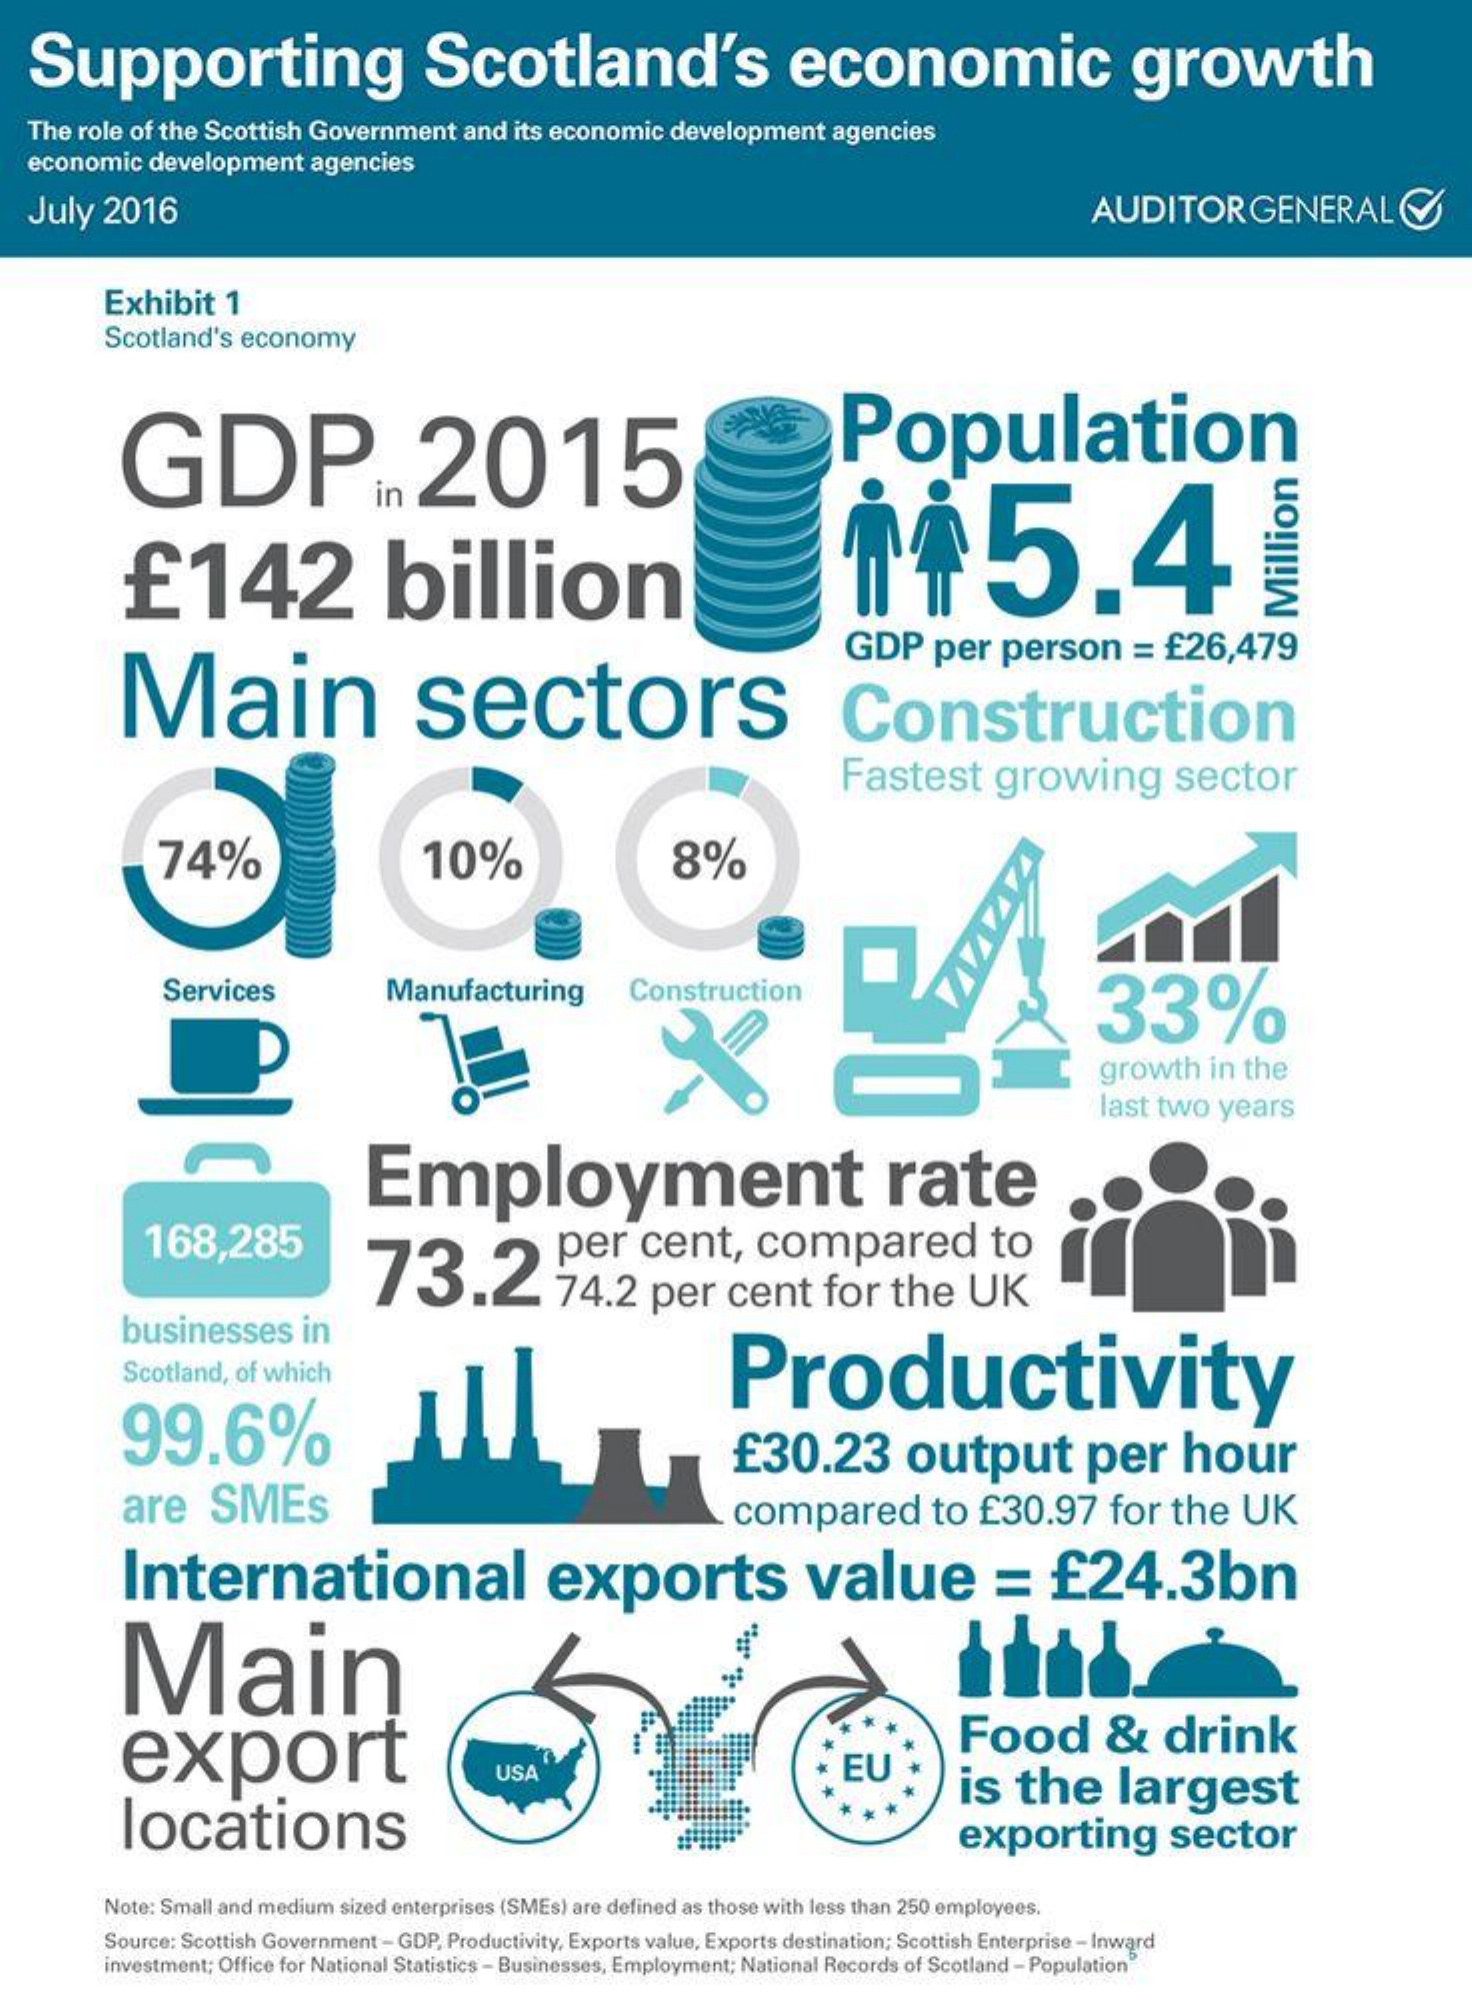
Supporting    Scotland's    economic    growth
   The role of the Scottish  Government    and  its economic   development    agencies
   economic   development    agencies
   July   2016    AUDITOR    GENERAL    C
     Exhibit    1
     Scotland's   economy
     GDP    ..   2015    Population
     £142    billion    ii5.4
     GDP    per    person    = £26,479
     Main    sectors    Construction
     Million
     Fastest    growing    sector
     74%    10%    8%
     AVAYA
     Services    Manufacturing    Construction
     33%
     growth    in the
     last  two   years
     Employment    rate
     168,285    73.2    74.2    per    cent    for   the    UK
     per    cent,    compared    to
     businesses    in
     Scotland, of which
     99.6%
     Productivity
     £30.23    output    per    hour
     are    SMEs    compared    to   £30.97    for   the    UK
     International    exports    value    =    £24.3bn
     Main
     export    Food    &    drink
     USA
     locations
     is  the    largest
     exporting    sector
     Note: Small and medium sized enterprises (SMEs) are defined as those with less than 250 employees.
     Source: Scottish Government - GDP, Productivity, Exports value, Exports destination; Scottish Enterprise - Inward
     investment; Office for National Statistics - Businesses, Employment; National Records of Scotland - Population